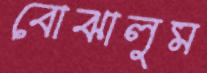
বোঝালুম